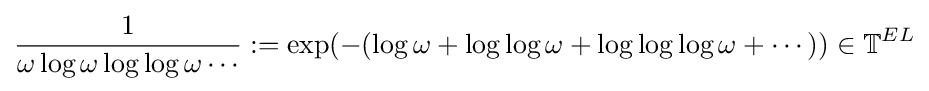
{\frac {1}{\omega \log \omega \log \log \omega \cdots }}:=\exp(-(\log \omega +\log \log \omega +\log \log \log \omega +\cdots ))\in \mathbb {T} ^{EL}